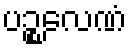
ပဉ္စလေဏံ